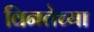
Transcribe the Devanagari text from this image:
विनतेच्या